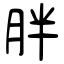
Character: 胖